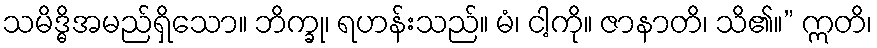
သမိဒ္ဓိအမည်ရှိသော။ ဘိက္ခု၊ ရဟန်းသည်။ မံ၊ ငါ့ကို။ ဇာနာတိ၊ သိ၏။” ဣတိ၊